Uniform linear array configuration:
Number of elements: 4
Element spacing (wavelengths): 0.25
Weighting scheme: uniform
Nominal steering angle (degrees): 60
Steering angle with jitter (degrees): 59.024
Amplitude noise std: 0.05
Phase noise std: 0.05

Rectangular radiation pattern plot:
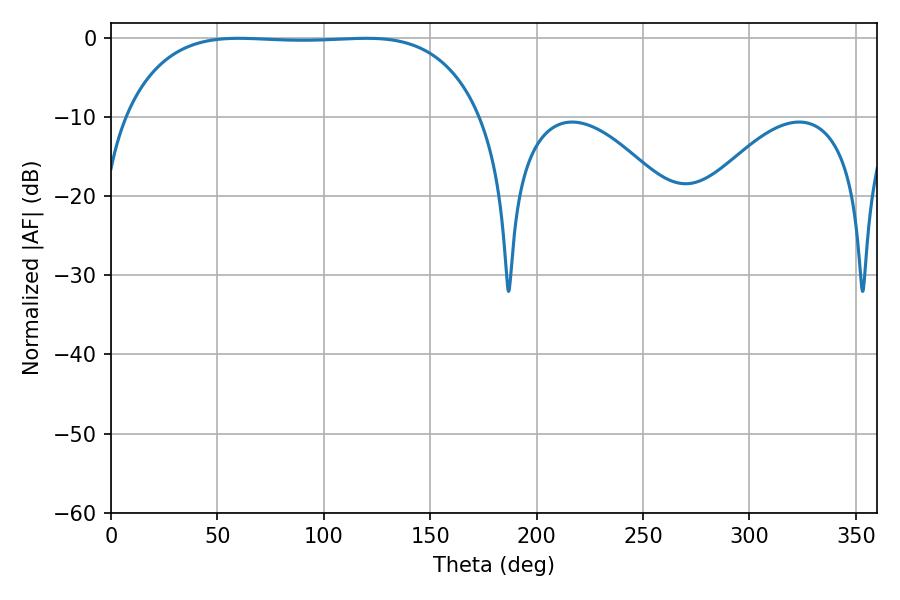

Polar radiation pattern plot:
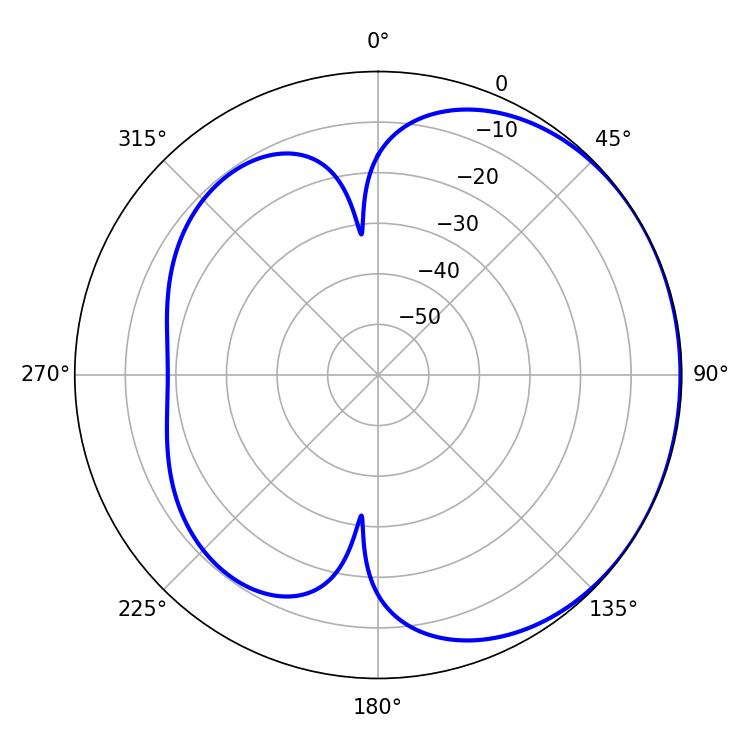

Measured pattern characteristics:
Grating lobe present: FALSE
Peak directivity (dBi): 0.8396
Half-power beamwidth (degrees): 130.68
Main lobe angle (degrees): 60.12